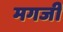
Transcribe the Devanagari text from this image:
मगजी